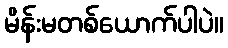
မိန်းမတစ်ယောက်ပါပဲ။